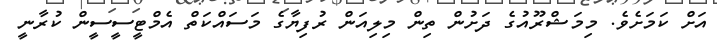
އަށް ކަމަށެވެ. މިމަޝްރޫއުގެ ދަށުން ތިން މިލިއަން ރުފިޔާގެ މަސައްކަތް އެމްޓީސީސީން ކުރާނީ